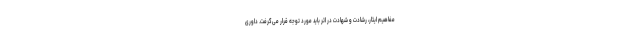
مفاهیم ایثار، رشادت و شهادت در اثر باید مورد توجه قرار می‌گرفت. داوری